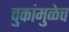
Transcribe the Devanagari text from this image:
चुकांमुळेच